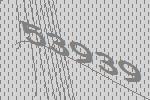
53939